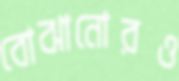
বোঝানোরও